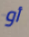
أو